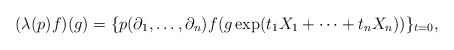
\begin{align*}(\lambda(p) f)(g) = \{p(\partial_1,\ldots,\partial_n)f(g\exp(t_1 X_1+\cdots+t_nX_n))\}_{t = 0},\end{align*}